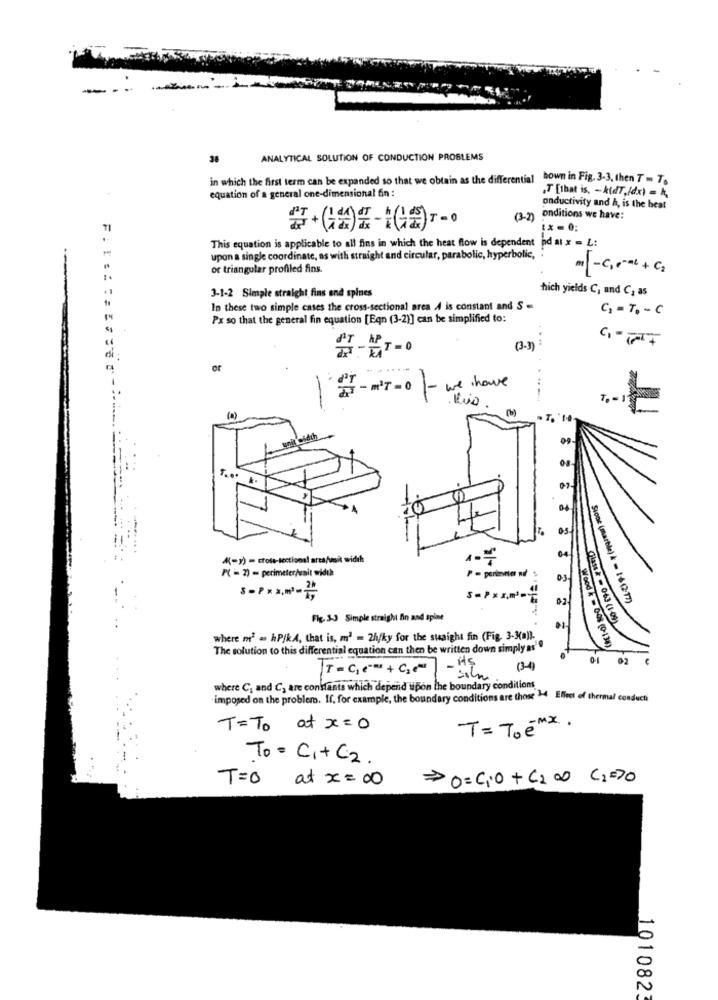
--
38
ANALYTICAL SOLUTION OF CONDUCTION PROBLEMS
in which the first term can be expanded so that we obtain as the differential hown in Fig. 3-3, then T = T.
„T [that is, - ktdT./dx) = h,
equation of a general one-dimensional fin :
onductivity and h, is the heat
(3-2) onditions we have:
TI
ix -.:
This equation is applicable to all fins in which the heat flow is dependent
pd at x = L:
upon a single coordinate, as with straight and circular, parabolic, hyperbolic,
or triangular profiled fins.
1.
hich yields C, and C2 as
3-1-2 Simple straight fins and spines
In these two simple cases the cross-sectional area A is constant and S =
C3 = To - C
Px so that the general fin equation [Eqn (3-2)] can be simplified to:
(3-)
or
7 - M'T- 0
- we have
-
-
(0)
04
os
64
A(=y) - cross-sectional area/voit width
P( - 2) - perimeter/enit width
0-3
5=Pxx.m
02
Stone ( marble) k = 16(2:77)
Fig. 3-3 Simple straight fin and spine
Class & - 063 (1-09)
where m2 = hPjkA, that is, m' = 2h/ky for the suaight fin (Fig. 3-3(a)).
The solution to this differential equation can then be written down simply as""
Wood & - 608 (0-134)
-HS
02
T=C,c+ C2+
- silm
where C; and C, are constants which depend upon the boundary conditions
imposed on the problem. If, for example, the boundary conditions are those 24 Effect of thermal conducti
T=To at x = 0
T= To ( Mx .
To = C1+C2.
T=O at x= 00
>O=C10+C2OD C2=>0
1010823